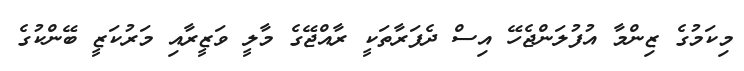
މިކަމުގެ ޒިންމާ އުފުލަންޖެހޭ އިސް ދެފަރާތަކީ ރާއްޖޭގެ މާލީ ވަޒީރާއި މަރުކަޒީ ބޭންކުގެ